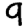
Digit: 9